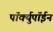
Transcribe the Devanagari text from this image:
पॉर्क्युपॉईन